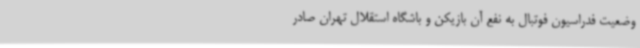
وضعیت فدراسیون فوتبال به نفع آن بازیکن و باشگاه استقلال تهران صادر